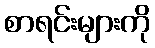
စာရင်းများကို